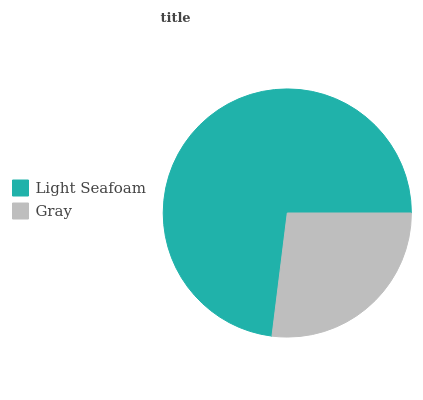
| Light Seafoam | Gray |
 | --- | --- |
 | 73.1% | 26.9% |